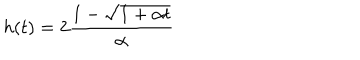
LaTeX: h ( t ) = 2 { \frac { 1 - \sqrt { 1 + \alpha t } } { \alpha } }